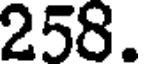
258.